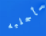
سأجلبه